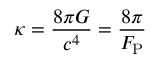
\kappa = { \frac { 8 \pi G } { c ^ { 4 } } } = { \frac { 8 \pi } { F _ { \mathrm { P } } } }